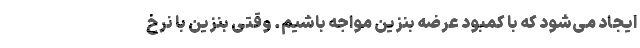
ایجاد می‌شود که با کمبود عرضه بنزین مواجه باشیم. وقتی بنزین با نرخ